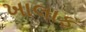
ખાલાફ